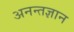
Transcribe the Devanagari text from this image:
अनन्तज्ञान